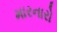
મારનારો